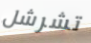
تشرشل